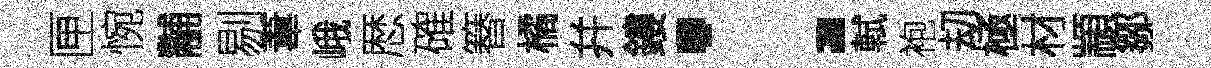
匣惋黼剔葦峨厯確簮橘幷鏤：軾袍刧極材顓鄒